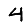
Digit: 4